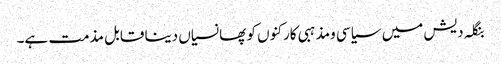
بنگلہ دیش میں سیاسی ومذہبی کارکنوں کو پھانسیاں دینا قابل مذمت ہے۔